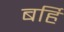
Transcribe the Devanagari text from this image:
बर्हि